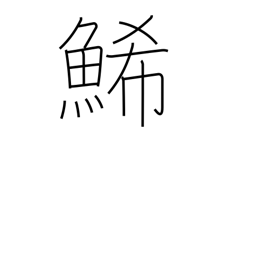
Meaning: yellow fish (herring) eggs (sushi)